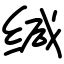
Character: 缄